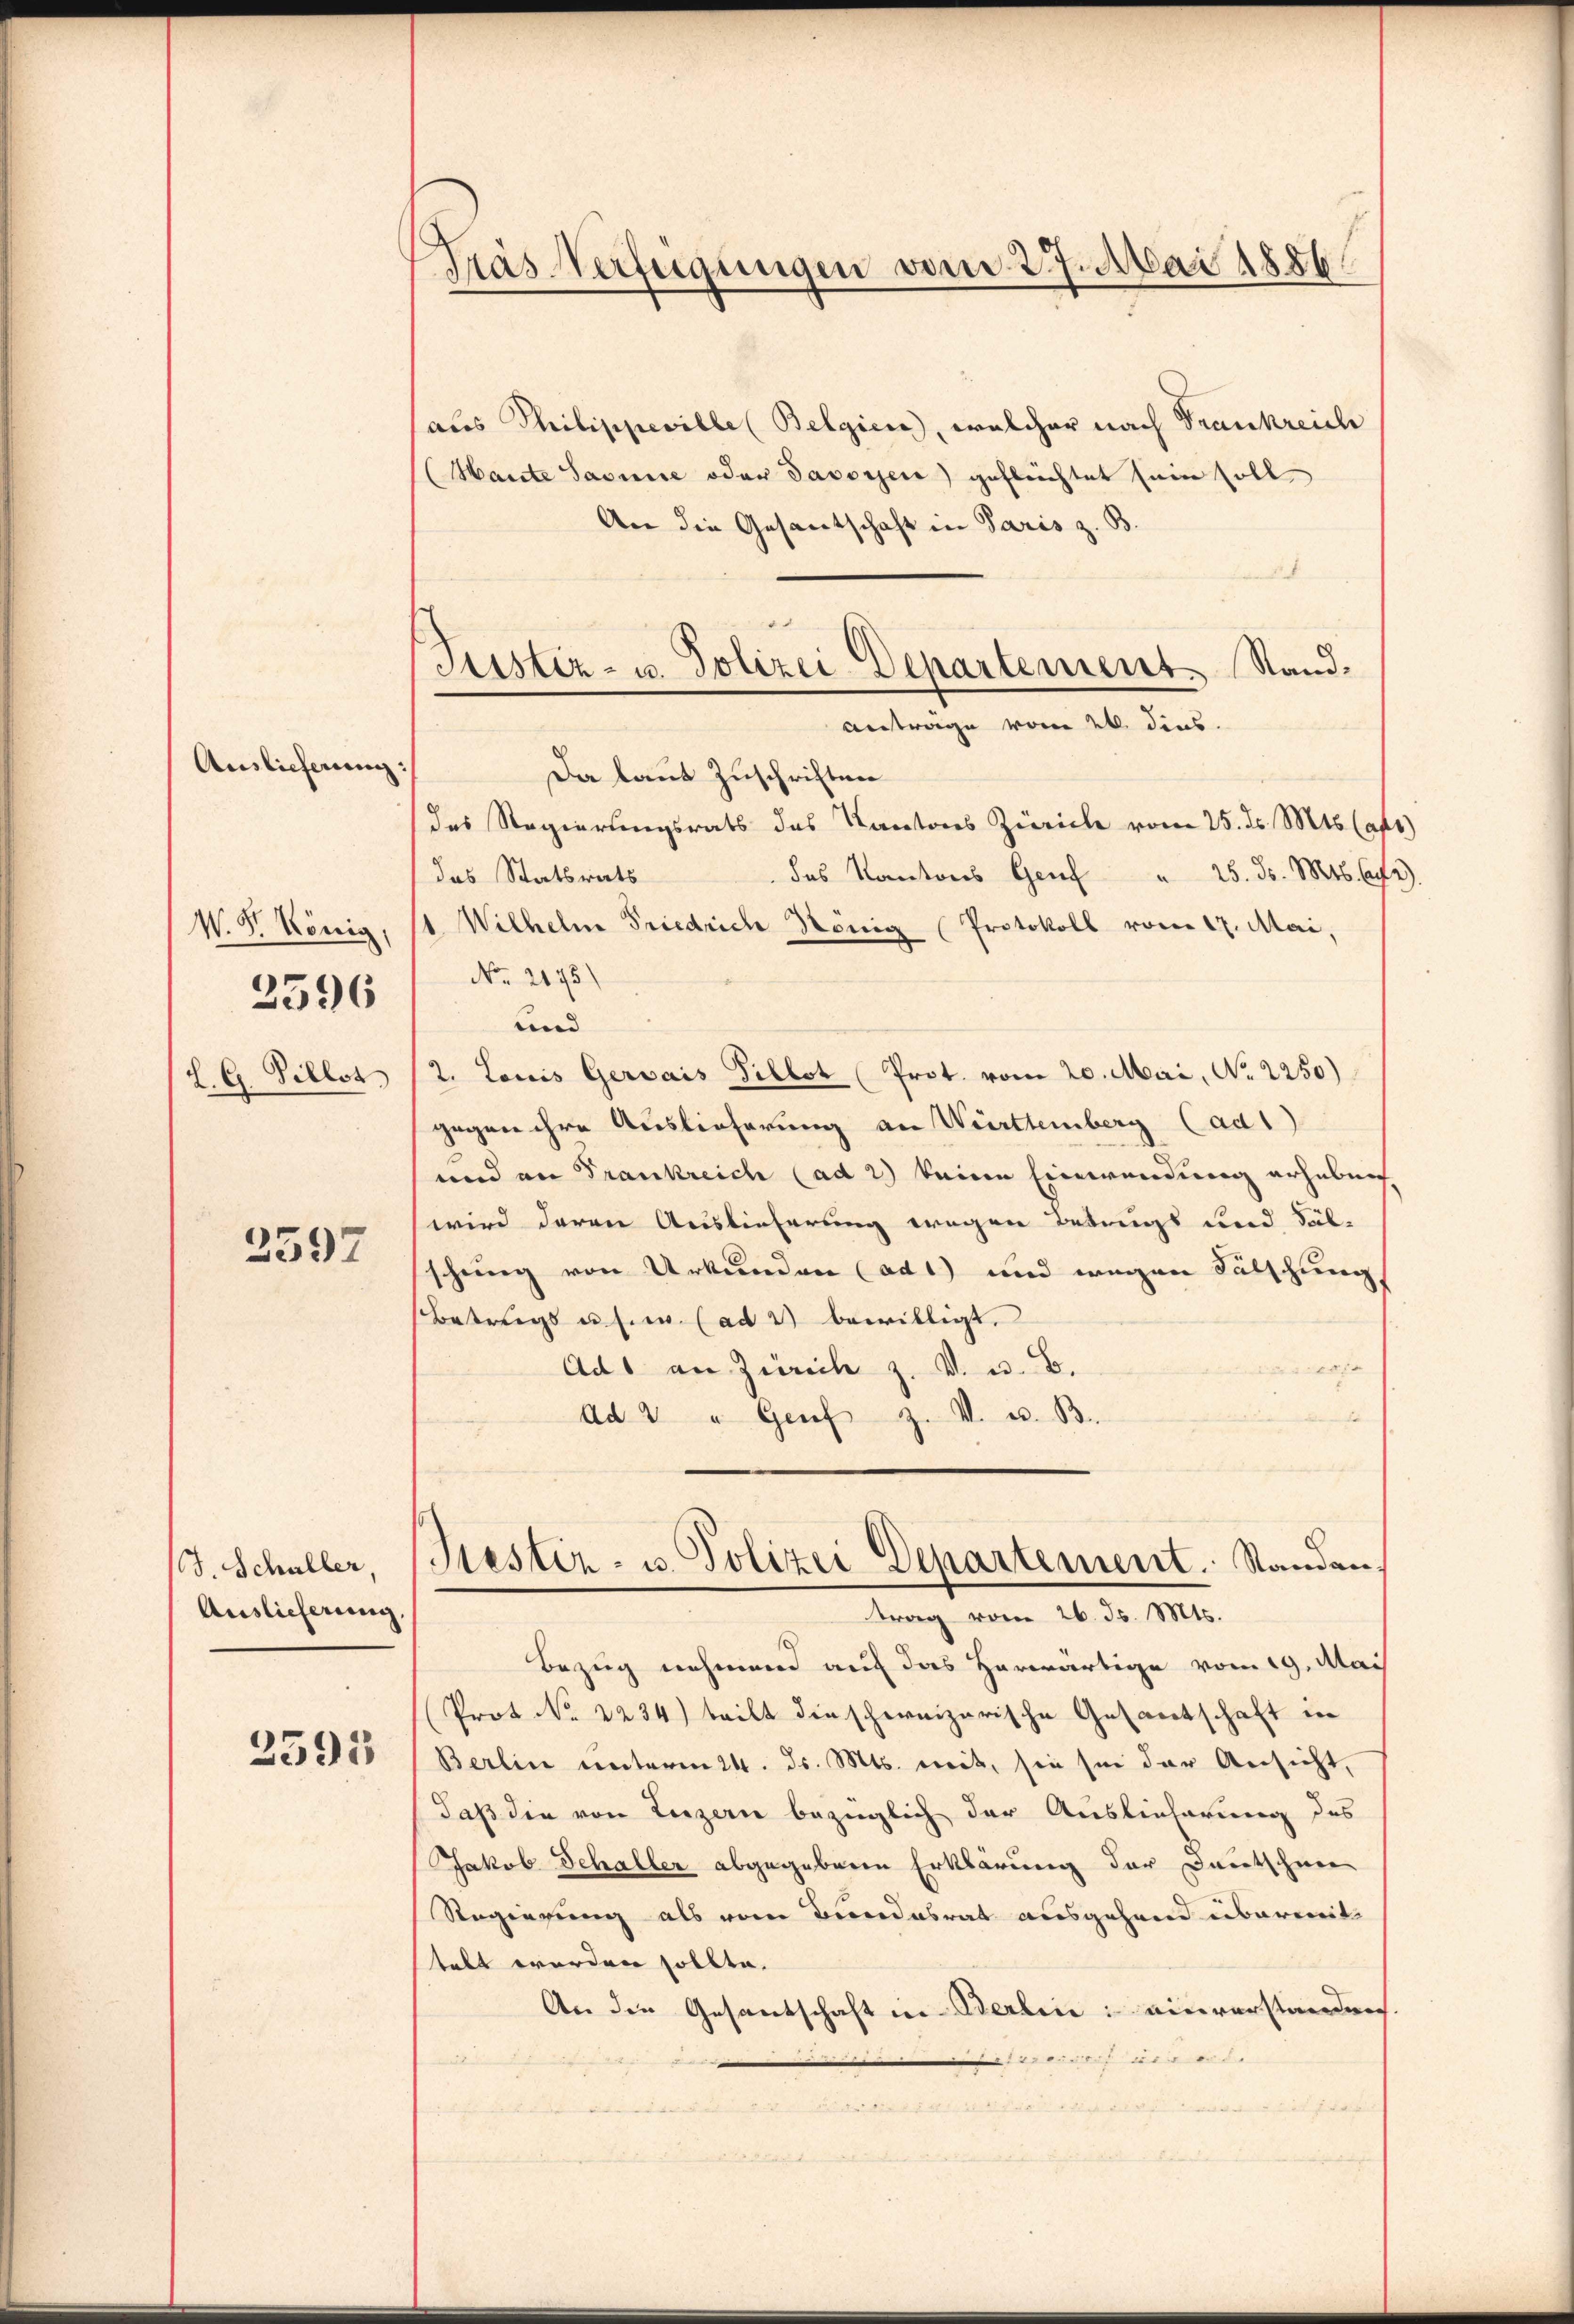
Auslieferung:
W. S. König,
2596
L. G. Pillst

2597

J. Schuller.
Auslieferung,

2595

Tras Verfügungen vom 27. Mai 1886

Justiz- u. Polizei Departement. Stand¬
Antrage vom 26. dies.

aus Thilippeville (Belgien, welcher nach Frankreich
Haute Sasine oder Savoyen) geflechtet sein soll
An die Gesantschaft in Paris z. B.
x
Da laut Zuschriften
des Regierungsrats des Kantons Zürich vom 25. ds. Mts. (af
das Kantons Genf " 25. ds. Mts. Apr
das Statsrats
Wilhelm Friedrich König Protokoll vom 17. Mai,
No 2175)
und
2. Loris Gerwais Pillot (Prot. vom 20. Mai, No. 2250)
gegen ihre Auslieferung an Württemberg (ad1)
und an Frankreich (ad 2) keine Einwendung erheben
wird deren Auslieferung wegen Betrugs und Sal-
schung von Urkunden (ad1) und wegen Fälschung
Betrags usw. (ad 2 bewilligt.
 10
Ad an Zürich z. v. u. E.
Ad 2 " Genf z. V. u. B.
Siester- u. Polizei Departement. Standen,
trag vom 26. ds. Mts.
Bezug nehmend auf das herwärtige vom 19. Mai
Prot No 2234) teilt die schereizerische Gesantschaft in
Berlin unterm 24. ds. Mts. weit, sie sie der Ansicht,
daß die von Luzern bezüglich der Auslieferung des
Jakob Schaller abgegebenen Erklärung der Deutschnee
Regierung als vom Bundesrat ausgehend überweit
talt werden sollte.
An die Gesantschaft in Berlin einverstanden
farrarauf uns eid.
i